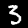
Label: 3